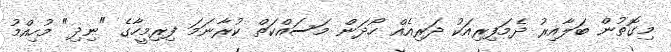
މިގޮތުން ބަލާއިރު ދެމަފިރިއަކު ދަރިއެއް ހޯދަން މަސައްކަތް ކުރާނަމަ ފިރިމީހާގެ "ނިދި" މުހިއްމު